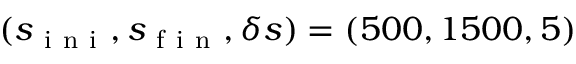
( s _ { \mathrm { ~ i ~ n ~ i ~ } } , s _ { \mathrm { ~ f ~ i ~ n ~ } } , \delta s ) = ( 5 0 0 , 1 5 0 0 , 5 )